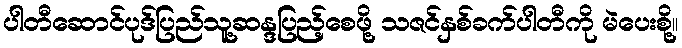
ပါတီဆောင်ပုဒ်ပြည်သူ့ဆန္ဒပြည့်စေဖို့ သဇင်နှစ်ခက်ပါတီကို မဲပေးစို့။